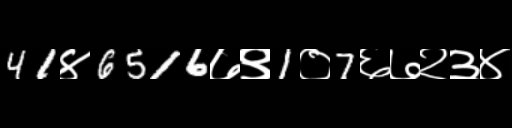
Text: 41४6516७९1०7६७२३४